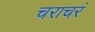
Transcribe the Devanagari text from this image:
चराचरं